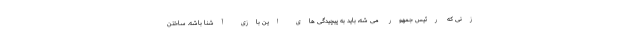
زنی که رئیس جمهور می شه، باید به پیچیدگی های این بازی آشنا باشه. ساختن